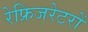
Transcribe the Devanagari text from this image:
रेफ्रिजरेटरों